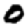
Digit: 0